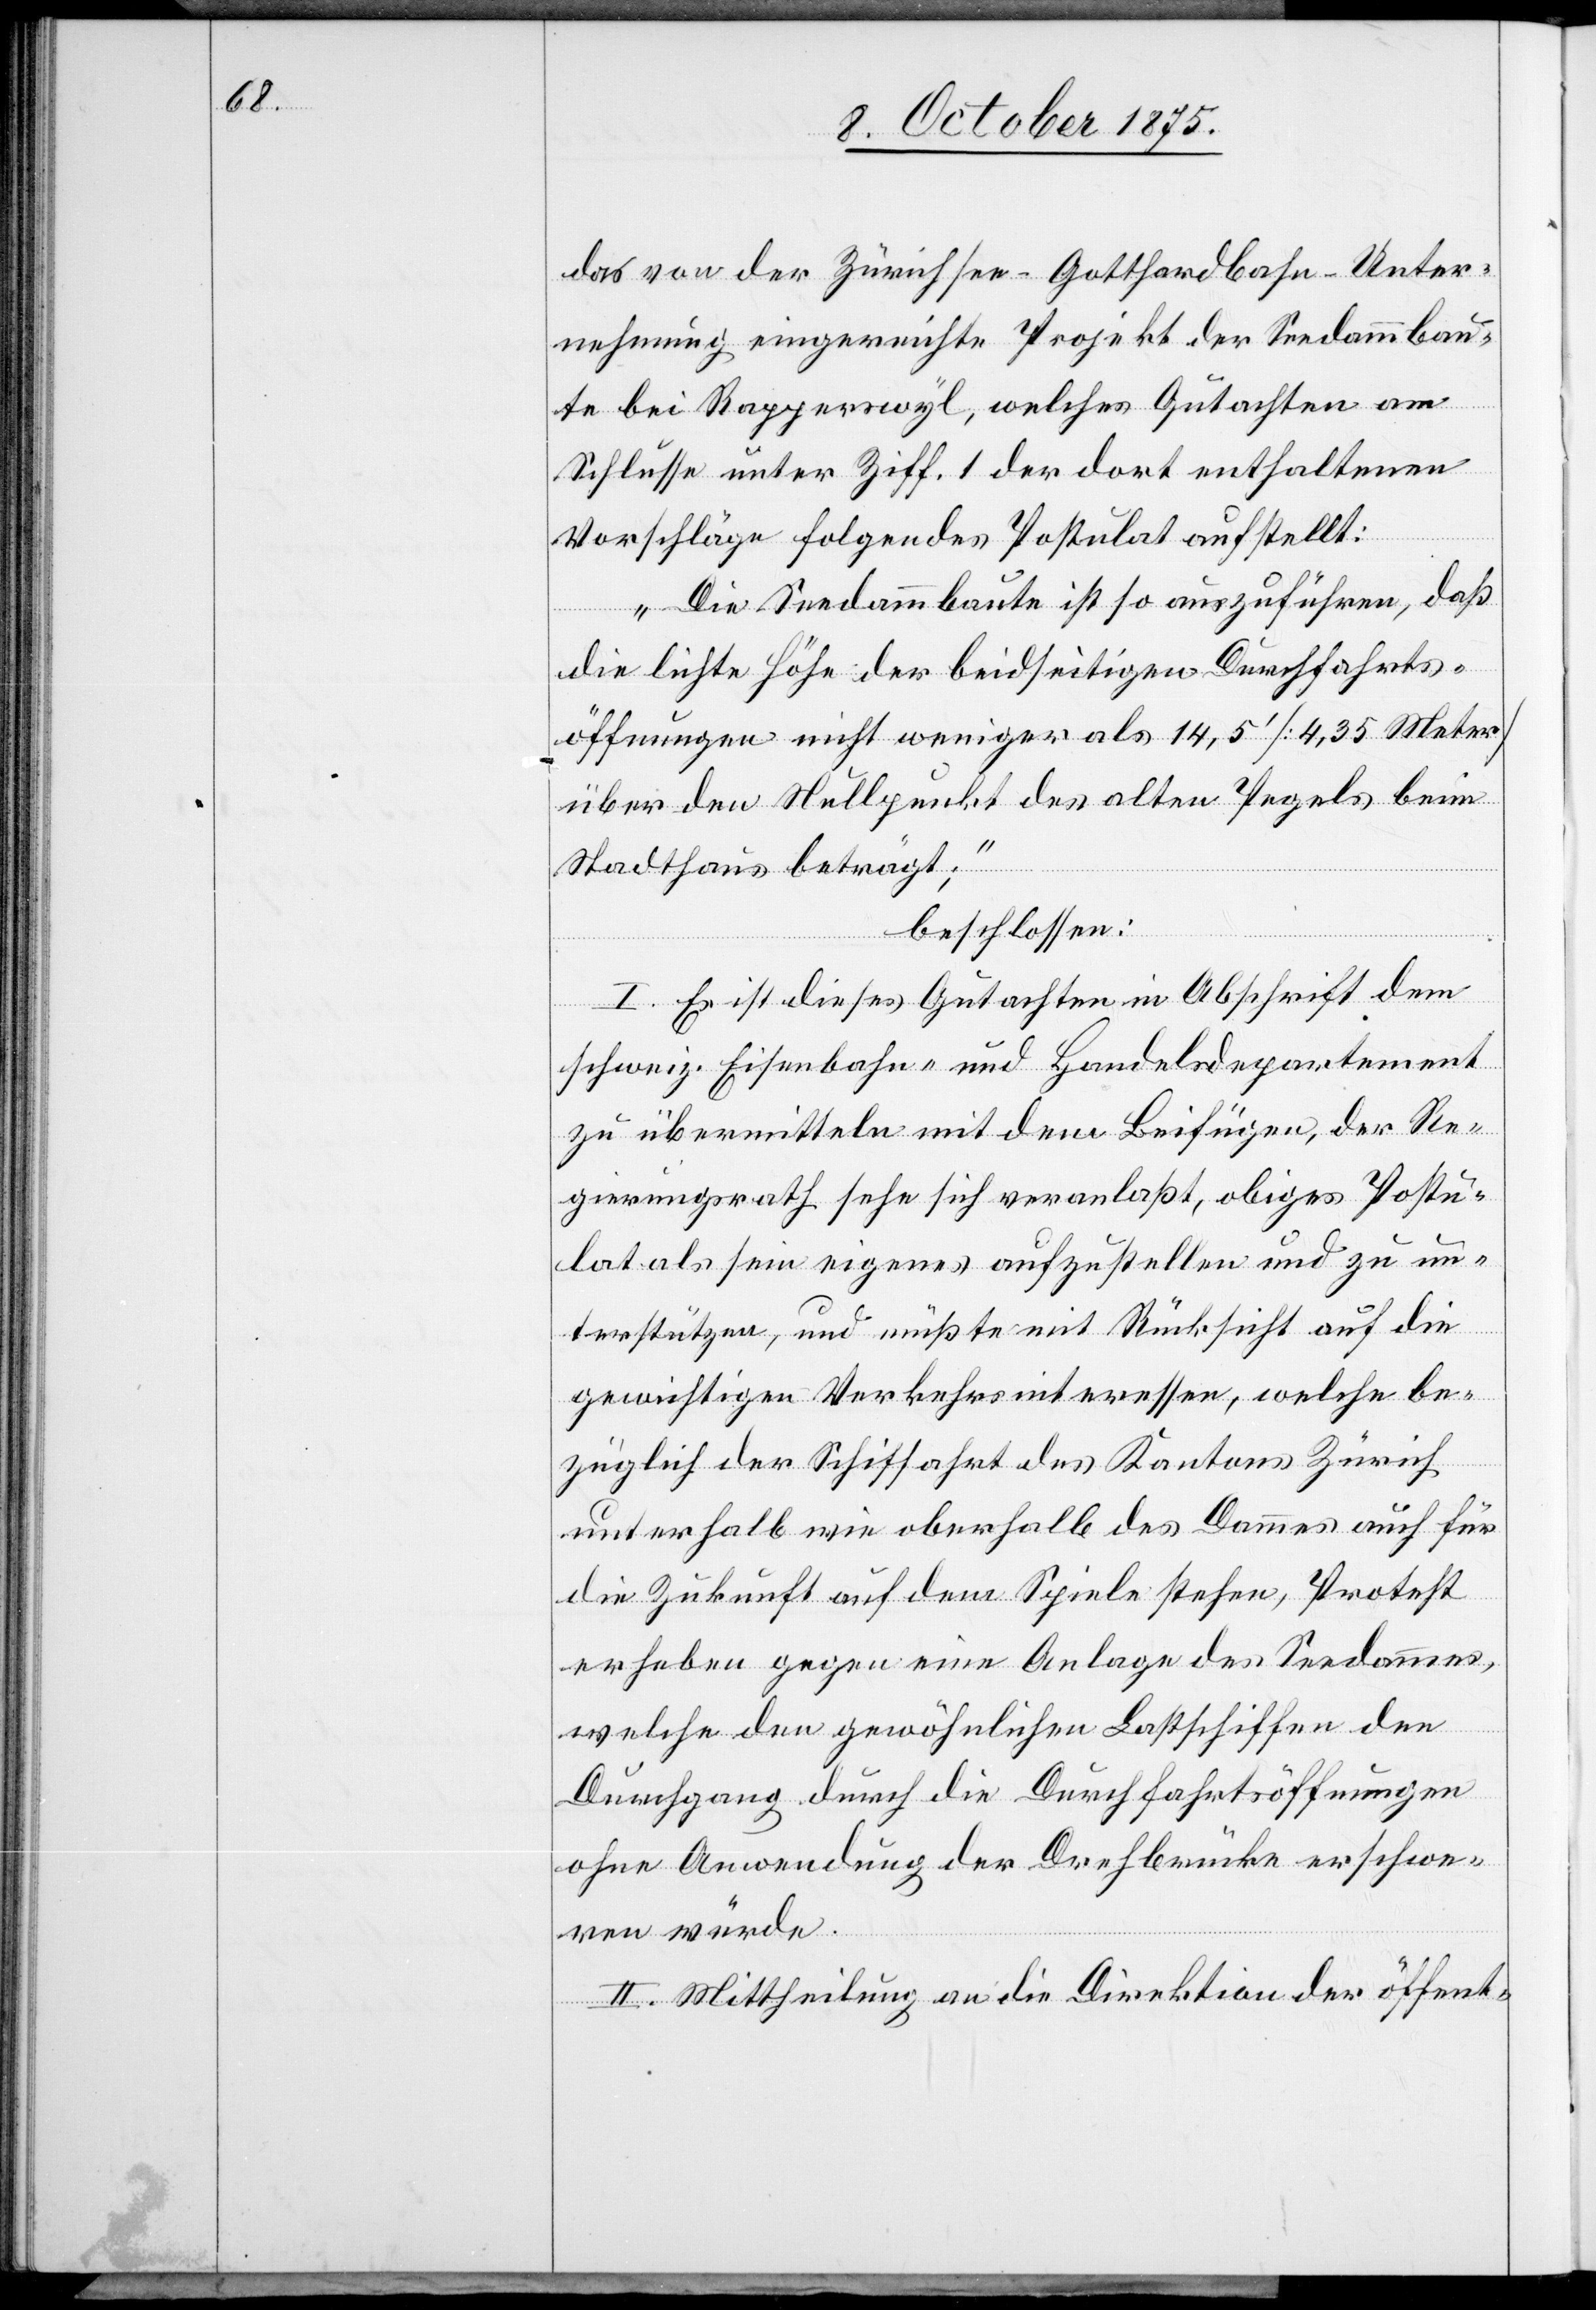
das von der Zürichsee-Gotthardbahn-Unter¬
nehmung eingereichte Projekt der Seedammbau¬
te bei Rapperswyl, welches Gutachten am
Schlusse unter Ziff. 1 der dort enthaltenen
Vorschläge folgendes Postulat aufstellt:
„Die Seebahnbaute ist so auszuführen, daß
die lichte Höhe der beidseitigen Durchfahrts¬
öffnungen nicht weniger als 14,5‘ [4,35 Meter]
über den Nullpunkt des alten Pegels beim
Stadthaus beträgt;“
beschlossen:
I. Es ist dieses Gutachten in Abschrift dem
schweiz. Eisenbahn- und Handelsdepartement
zu übermitteln mit dem Beifügen, der Re¬
gierungsrath sehe sich veranlaßt, obiges Postu¬
lat als sein eigenes aufzustellen und zu un¬
terstützen, und müßte mit Rücksicht auf die
gewichtigen Verkehrsinteressen, welche be¬
züglich der Schiffahrt des Kantons Zürich
unterhalb wie oberhalb des Dammes auch für
die Zukunft auf dem Spiele stehen, Protest
erheben gegen eine Anlage des Seedammes,
welche den gewöhnlichen Lastschiffen den
Durchgang durch die Durchfahrtsöffnungen
ohne Anwendung der Drehbrücke erschwe¬
ren würde.
II. Mittheilung an die Direktion der öffent-